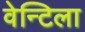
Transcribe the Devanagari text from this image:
वेन्टिला